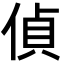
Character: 偵